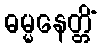
ဓမ္မနေတ္တိံ